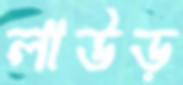
লাউড়